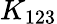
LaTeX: K_{123}